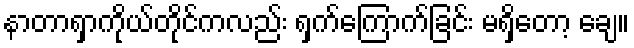
နာတာရှာကိုယ်တိုင်ကလည်း ရှက်ကြောက်ခြင်း မရှိတော့ ချေ။